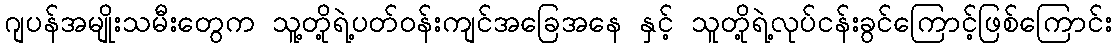
ဂျပန်အမျိုးသမီးတွေက သူ့တို့ရဲ့ပတ်ဝန်းကျင်အခြေအနေ နှင့် သူတို့ရဲ့လုပ်ငန်းခွင်ကြောင့်ဖြစ်ကြောင်း